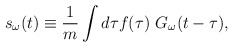
\begin{align*}s_\omega (t) \equiv \frac{1}{m} \int d \tau f(\tau) \ G_\omega (t - \tau),\end{align*}